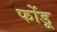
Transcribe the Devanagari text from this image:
फोंडू